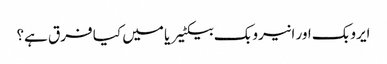
ایروبک اور انیروبک بیکٹیریا میں کیا فرق ہے؟